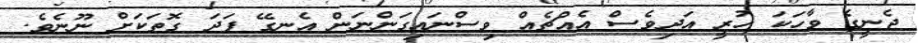
ޖެނީގެ ވާހަކަ ހުރީ އަދިވެސް އެއްޗެއް ވިސްނައިގަންނަން އެނގޭ ފަދަ ގޮތަކަށް ނޫނެވެ.